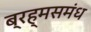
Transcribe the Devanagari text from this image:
ब्रह्मसमंध